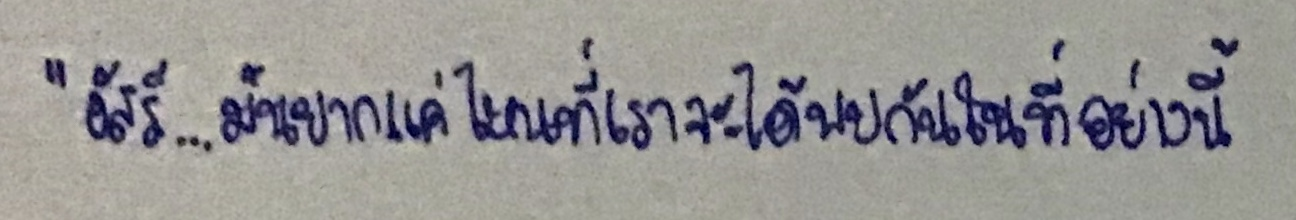
"อัสรี...มันยากแค่ไหนที่เราจะได้พบกันในที่อย่างนี้